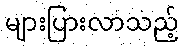
များပြားလာသည့်